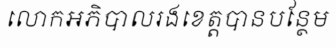
លោកអភិបាលរងខេត្តបានបន្ថែម